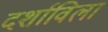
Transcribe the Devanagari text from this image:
दर्शाविला